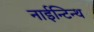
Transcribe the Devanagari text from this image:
नाईन्टिन्थ